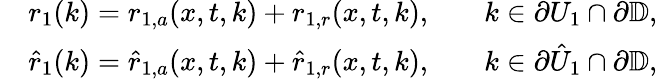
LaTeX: \begin{array}{rlrl}&{r_{1}(k)=r_{1,a}(x,t,k)+r_{1,r}(x,t,k),}&&{k\in\partial U_{1}\cap\partial{\mathbb D},}\\ &{\hat{r}_{1}(k)=\hat{r}_{1,a}(x,t,k)+\hat{r}_{1,r}(x,t,k),}&&{k\in\partial\hat{U}_{1}\cap\partial{\mathbb D},}\end{array}